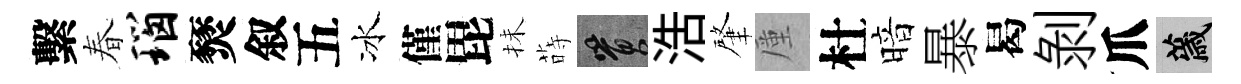
繫春瑙燹叙五冰僅毘抺蒔篔浩肇厪杜暗暴曷剥爪薉